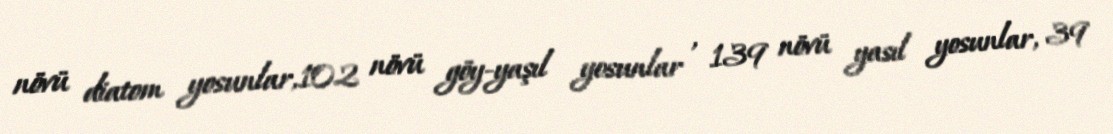
növü diatom yosunlar,102 növü göy-yaşıl yosunlar , 139 növü yasıl yosunlar, 39